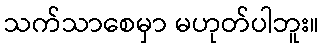
သက်သာစေမှာ မဟုတ်ပါဘူး။